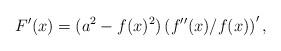
LaTeX: \begin{align*}F'(x)=(a^2-f(x)^2)\left( f''(x)/f(x)\right )',\end{align*}